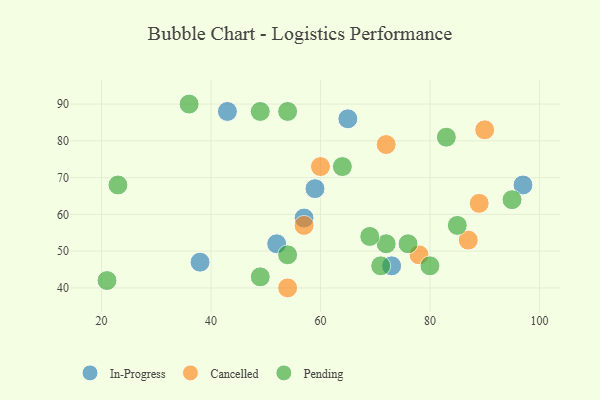
{"axis": {"x": "GDP", "y": "Life Expectancy"}, "legend": ["Cancelled", "In-Progress", "Pending"], "data": [{"x": "57", "y": 59, "type": "In-Progress"}, {"x": "65", "y": 86, "type": "In-Progress"}, {"x": "73", "y": 46, "type": "In-Progress"}, {"x": "38", "y": 47, "type": "In-Progress"}, {"x": "97", "y": 68, "type": "In-Progress"}, {"x": "52", "y": 52, "type": "In-Progress"}, {"x": "43", "y": 88, "type": "In-Progress"}, {"x": "59", "y": 67, "type": "In-Progress"}, {"x": "87", "y": 53, "type": "Cancelled"}, {"x": "54", "y": 40, "type": "Cancelled"}, {"x": "57", "y": 57, "type": "Cancelled"}, {"x": "60", "y": 73, "type": "Cancelled"}, {"x": "78", "y": 49, "type": "Cancelled"}, {"x": "72", "y": 79, "type": "Cancelled"}, {"x": "89", "y": 63, "type": "Cancelled"}, {"x": "90", "y": 83, "type": "Cancelled"}, {"x": "83", "y": 81, "type": "Pending"}, {"x": "23", "y": 68, "type": "Pending"}, {"x": "85", "y": 57, "type": "Pending"}, {"x": "21", "y": 42, "type": "Pending"}, {"x": "54", "y": 49, "type": "Pending"}, {"x": "49", "y": 88, "type": "Pending"}, {"x": "54", "y": 88, "type": "Pending"}, {"x": "36", "y": 90, "type": "Pending"}, {"x": "49", "y": 43, "type": "Pending"}, {"x": "80", "y": 46, "type": "Pending"}, {"x": "76", "y": 52, "type": "Pending"}, {"x": "64", "y": 73, "type": "Pending"}, {"x": "71", "y": 46, "type": "Pending"}, {"x": "72", "y": 52, "type": "Pending"}, {"x": "95", "y": 64, "type": "Pending"}, {"x": "69", "y": 54, "type": "Pending"}]}